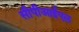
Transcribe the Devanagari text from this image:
सीपीआईएल